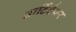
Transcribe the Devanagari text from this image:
आर्टिईथर